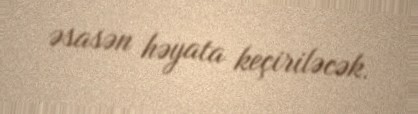
əsasən həyata keçiriləcək.